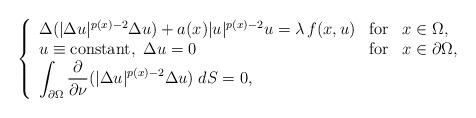
LaTeX: \begin{align*}\left\{\begin{array}{lll}\Delta(|\Delta u|^{p(x)-2}\Delta u )+a(x)|u|^{p(x)-2}u=\lambda\, f(x,u)&\mbox{for}& x\in\Omega,\\u\equiv \mbox{constant},\,\, \Delta u=0 &\mbox{for}& x\in\partial\Omega,\\\displaystyle\int_{\partial\Omega}\frac{\partial}{\partial \nu}(|\Delta u|^{p(x)-2}\Delta u)\; dS=0,\end{array}\right.\end{align*}